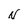
Character: N